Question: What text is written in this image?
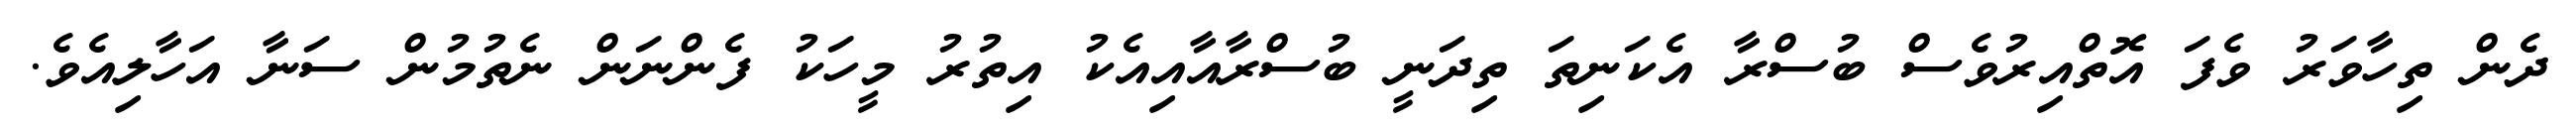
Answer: ދެން ތިހާވަރު ވެފަ އޮތްއިރުވެސް ބުސްރާ އެކަނިތަ ތިދަނީ ބުސްރާއާއިއެކު އިތުރު މީހަކު ފެންނަން ނެތުމުން ސަނާ އަހާލިއެވެ.